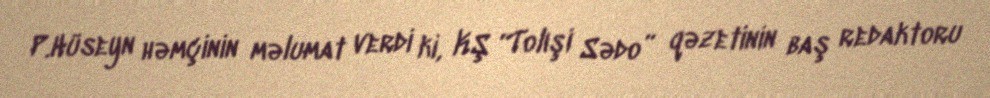
P.Hüseyn həmçinin məlumat verdi ki, KŞ “Tolışi Sədo” qəzetinin baş redaktoru